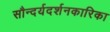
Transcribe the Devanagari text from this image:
सौन्दर्यदर्शनकारिका